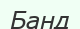
Банд